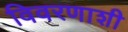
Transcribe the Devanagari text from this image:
विवरणाशी